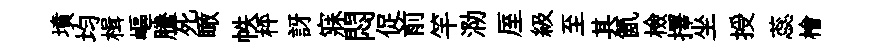
墳均楫嶇騰死瞰帙枰訝寐悶促前竿泐厔級至其氤檢擇坐授蕊檜